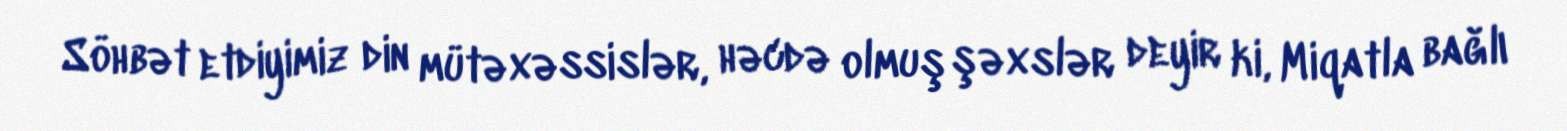
Söhbət etdiyimiz din mütəxəssislər, həcdə olmuş şəxslər deyir ki, Miqatla bağlı